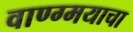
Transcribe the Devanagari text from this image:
वाण्ग्मयाचा